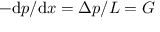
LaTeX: - \mathrm { d } p / \mathrm { d } x = \Delta p / L = G